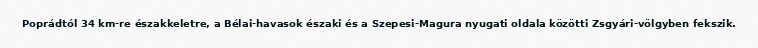
Poprádtól 34 km-re északkeletre, a Bélai-havasok északi és a Szepesi-Magura nyugati oldala közötti Zsgyári-völgyben fekszik.